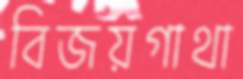
বিজয়গাথা